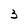
Character: 3